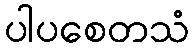
ပါပစေတသံ